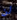
لن